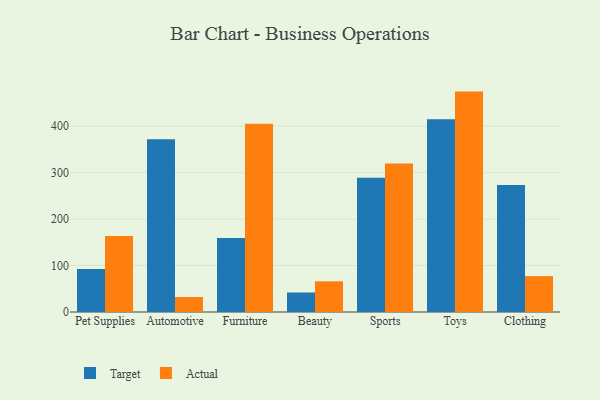
{"axis": {"x": "Category", "y": "Net Income (USD K)"}, "legend": ["Actual", "Target"], "data": [{"x": "Pet Supplies", "y": 92.5, "type": "Target"}, {"x": "Pet Supplies", "y": 163.8, "type": "Actual"}, {"x": "Automotive", "y": 371.6, "type": "Target"}, {"x": "Automotive", "y": 32.2, "type": "Actual"}, {"x": "Furniture", "y": 159.5, "type": "Target"}, {"x": "Furniture", "y": 405.0, "type": "Actual"}, {"x": "Beauty", "y": 42.0, "type": "Target"}, {"x": "Beauty", "y": 66.1, "type": "Actual"}, {"x": "Sports", "y": 288.7, "type": "Target"}, {"x": "Sports", "y": 319.7, "type": "Actual"}, {"x": "Toys", "y": 414.8, "type": "Target"}, {"x": "Toys", "y": 474.3, "type": "Actual"}, {"x": "Clothing", "y": 273.1, "type": "Target"}, {"x": "Clothing", "y": 77.2, "type": "Actual"}]}